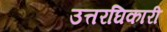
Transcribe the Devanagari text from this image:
उत्तरघिकारी